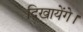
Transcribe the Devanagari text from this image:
दिखायेंगे।